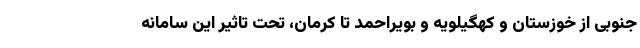
جنوبی از خوزستان و کهگیلویه و بویراحمد تا کرمان، تحت تاثیر این سامانه